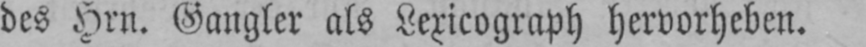
des Hrn. Gangler als Lexicograph hervorheben.